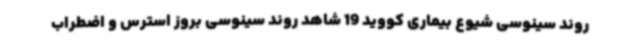
روند سینوسی شیوع بیماری کووید 19 شاهد روند سینوسی بروز استرس و اضطراب